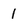
Character: 1